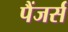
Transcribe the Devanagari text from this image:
पैंजर्स